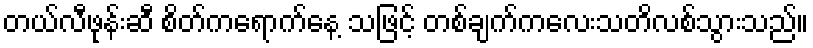
တယ်လီဖုန်းဆီ စိတ်ကရောက်နေ့ သဖြင့် တစ်ချက်ကလေးသတိလစ်သွားသည်။